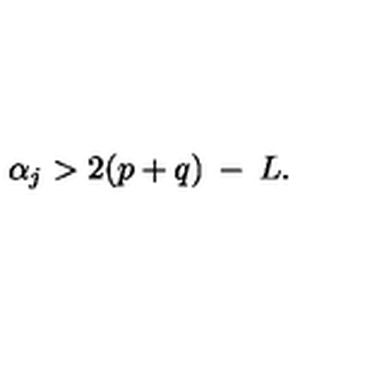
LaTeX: \alpha _ { j } > 2 ( p + q ) \: - \: L .